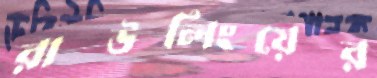
রাউলিংয়ের